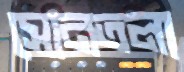
সোনতলা